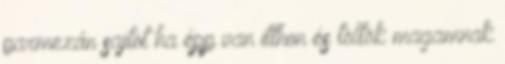
parmezán sajtot ha épp van itthon és töltök magamnak